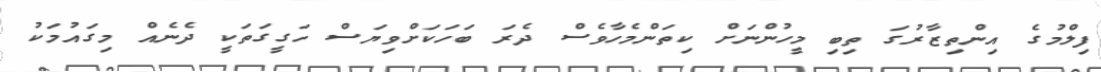
ފިލްމުގެ އިންތިޒާރުގަ ތިބި މީހުންނަށް ކިތަންމެހާވެސް ދެރަ ބަހަކަށްވިޔަސް ހަގީގަތަކީ ދެނެއް މިގައުމަކު